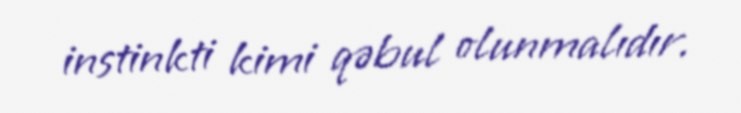
instinkti kimi qəbul olunmalıdır.